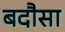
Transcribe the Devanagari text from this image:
बदौसा